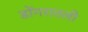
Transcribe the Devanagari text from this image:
डोंगरातली